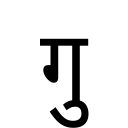
OCR:
गु